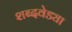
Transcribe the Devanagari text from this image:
शब्दवेड्या